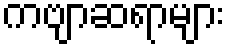
ကဗျာဆရာများ